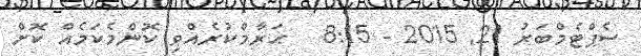
ސެޕްޓެމްބަރު 21